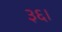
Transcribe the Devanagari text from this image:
३६।